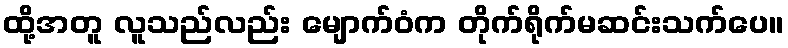
ထို့အတူ လူသည်လည်း မျောက်ဝံက တိုက်ရိုက်မဆင်းသက်ပေ။